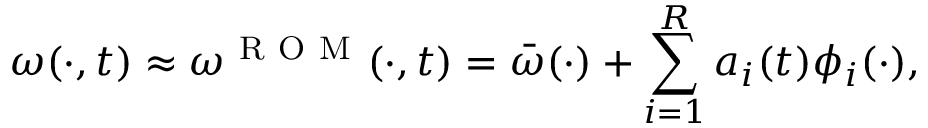
\omega ( \cdot , t ) \approx \omega ^ { \mathrm { ~ R ~ O ~ M ~ } } ( \cdot , t ) = \bar { \omega } ( \cdot ) + \sum _ { i = 1 } ^ { R } a _ { i } ( t ) \phi _ { i } ( \cdot ) ,